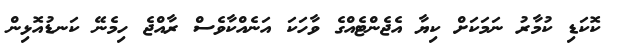
ކޮކަޑި ކުމާރު ނަމަކަށް ކިޔާ އެޖެންޓެއްގެ ވާހަކަ އަނެއްކާވެސް ރާއްޖެ ހިމެނޭ ކަނޑުއޮޅިން